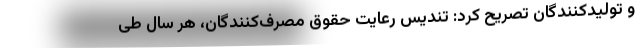
و تولیدکنندگان تصریح کرد: تندیس رعایت حقوق مصرف‌‌کنندگان، هر سال طی